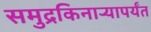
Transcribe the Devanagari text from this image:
समुद्रकिनार्‍यापर्यंत